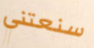
سنعتني